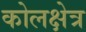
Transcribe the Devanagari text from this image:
कोलक्षेत्र